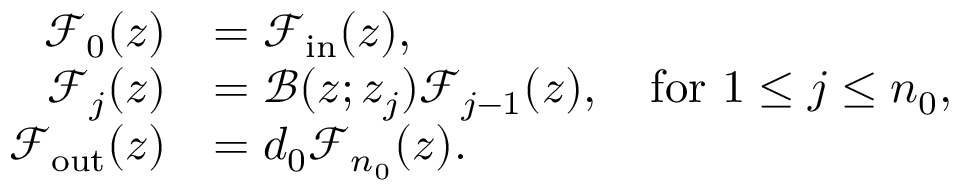
\begin{array} { r l } { \mathcal { F } _ { 0 } ( z ) } & { = \mathcal { F } _ { \mathrm { i n } } ( z ) , } \\ { \mathcal { F } _ { j } ( z ) } & { = \mathcal { B } ( z ; z _ { j } ) \mathcal { F } _ { j - 1 } ( z ) , \quad \mathrm { f o r } \ 1 \leq j \leq n _ { 0 } , } \\ { \mathcal { F } _ { \mathrm { o u t } } ( z ) } & { = d _ { 0 } \mathcal { F } _ { n _ { 0 } } ( z ) . } \end{array}